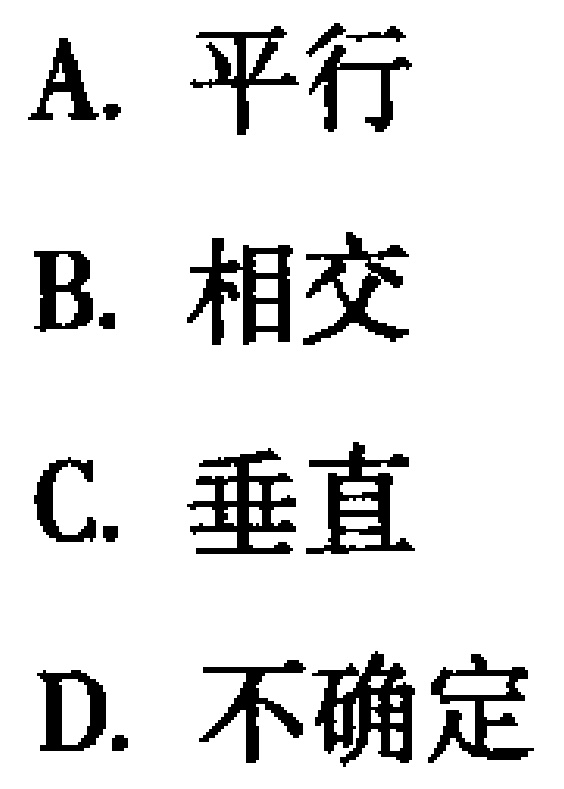
A. 平行
B. 相交
C. 垂直
D. 不确定